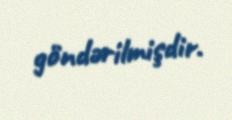
göndərilmişdir.